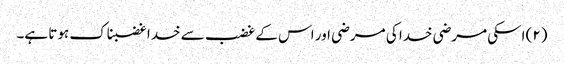
(۲) اسکی مرضی خدا کی مرضی اور اس کے غضب سے خدا غضبناک ہوتا ہے۔